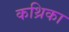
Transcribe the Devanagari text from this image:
कथ्रिका